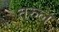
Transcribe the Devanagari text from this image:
तरुल